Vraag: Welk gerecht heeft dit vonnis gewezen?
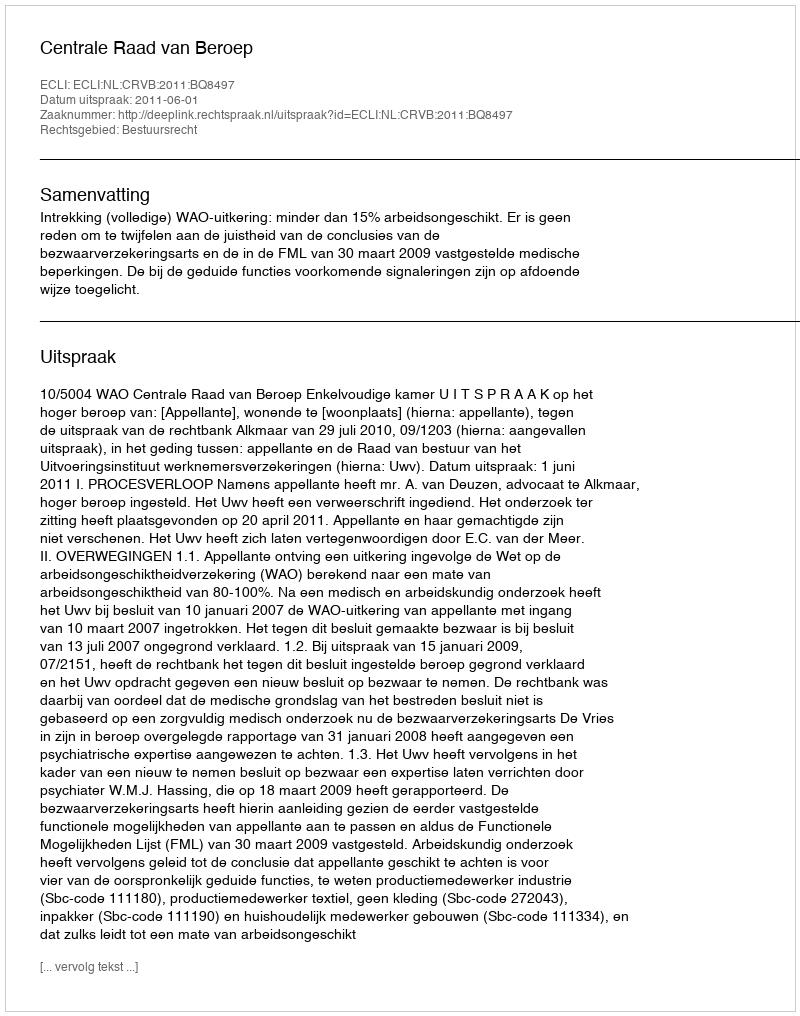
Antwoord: Centrale Raad van Beroep